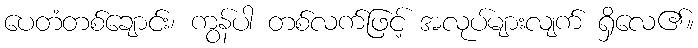
ပေတံတစ်ချောင်း၊ ကွန်ပါ တစ်လက်ဖြင့် အလုပ်များလျက် ရှိလေ၏။